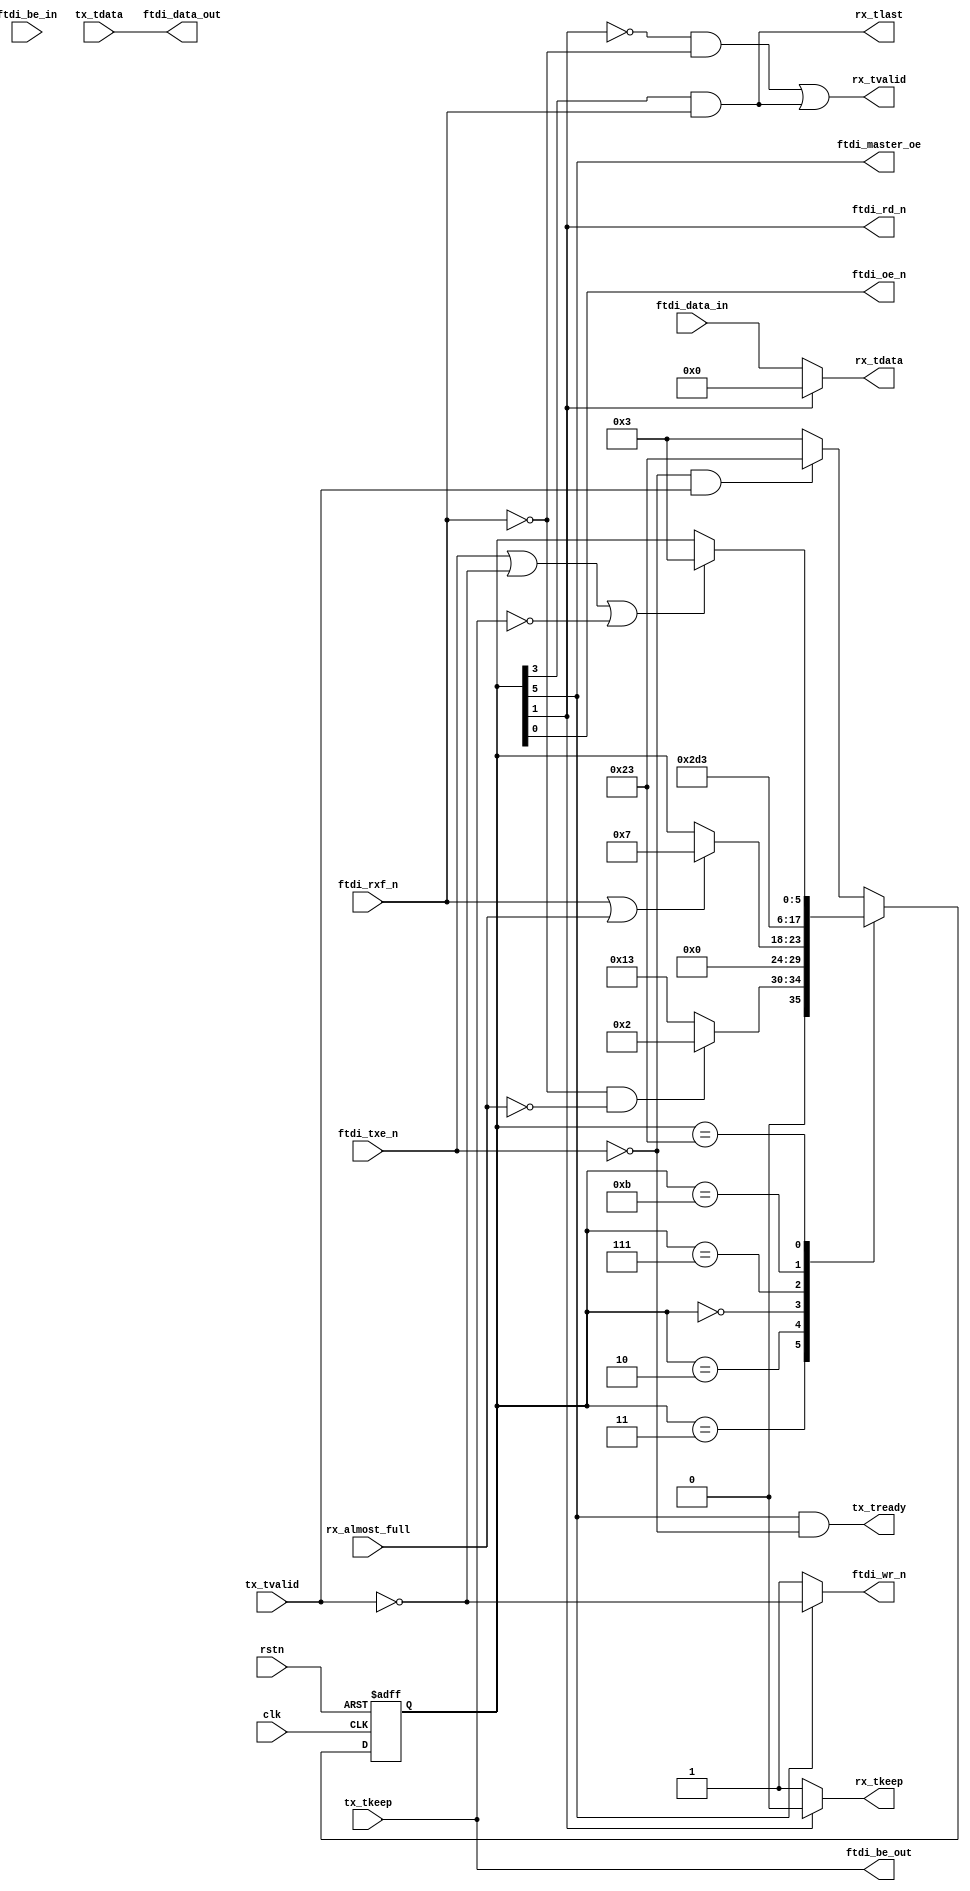

//--------------------------------------------------------------------------------------------------------
// Module  : ftdi_245fifo_fsm
// Type    : synthesizable, IP's sub-module
// Standard: Verilog 2001 (IEEE1364-2001)
// Function: FTDI USB chip's 245fifo mode's main control FSM, called by ftdi_245fifo_fsm
//--------------------------------------------------------------------------------------------------------

module ftdi_245fifo_fsm #(
    parameter  CHIP_EW               = 0,    // FTDI USB chip data width, 0=8bit, 1=16bit, 2=32bit. for FT232H is 0, for FT600 is 1, for FT601 is 2.
    parameter  CHIP_DRIVE_AT_NEGEDGE = 0
) ( 
    input  wire                    rstn,
    input  wire                    clk,
    output wire                    tx_tready,
    input  wire                    tx_tvalid,
    input  wire [(8<<CHIP_EW)-1:0] tx_tdata,
    input  wire [(1<<CHIP_EW)-1:0] tx_tkeep,
    input  wire                    rx_almost_full,
    output wire                    rx_tvalid,
    output wire [(8<<CHIP_EW)-1:0] rx_tdata,
    output wire [(1<<CHIP_EW)-1:0] rx_tkeep,
    output wire                    rx_tlast,
    // FTDI chip interface
    input  wire                    ftdi_rxf_n,
    input  wire                    ftdi_txe_n,
    output reg                     ftdi_oe_n,
    output reg                     ftdi_rd_n,
    output reg                     ftdi_wr_n,
    output reg                     ftdi_master_oe,   // 1:master (FPGA) drives DATA/BE    0:master (FPGA) release DATA/BE to High-Z
    output reg  [(8<<CHIP_EW)-1:0] ftdi_data_out,    // when ftdi_master_oe=1, this signal must be drive to DATA
    output reg  [(1<<CHIP_EW)-1:0] ftdi_be_out,      // when ftdi_master_oe=1, this signal must be drive to BE
    input  wire [(8<<CHIP_EW)-1:0] ftdi_data_in,
    input  wire [(1<<CHIP_EW)-1:0] ftdi_be_in
);


localparam [(8<<CHIP_EW)-1:0] DATA_ZERO  = {(8<<CHIP_EW){1'b0}};
localparam [(1<<CHIP_EW)-1:0] BE_ZERO    = {(1<<CHIP_EW){1'b0}};
localparam [(1<<CHIP_EW)-1:0] BE_ALL_ONE = ~BE_ZERO;


localparam [5:0] S_RX_IDLE = 6'b000011,
                 S_RX_OE   = 6'b000010,
                 S_RX_EN   = 6'b000000,
                 S_RX_WAIT = 6'b000111,
                 S_RX_END  = 6'b001011,
                 S_TX_IDLE = 6'b010011,
                 S_TX_EN   = 6'b100011;
                 
reg  [ 5:0]      state     = S_RX_IDLE;

wire             state_n_rx_oe_or_rx_en = state[0];             // ~(state == S_RX_OE || state == S_RX_EN)
wire             state_n_rx_en          = state[1];             // ~(state == S_RX_EN)
wire             state_rx_end           = state[3];             //   state == S_RX_END
wire             state_tx_en            = state[5];             //   state == S_TX_EN


assign           rx_tlast  = (state_rx_end & ftdi_rxf_n);
assign           rx_tvalid = (~state_n_rx_en & ~ftdi_rxf_n) | rx_tlast;
assign           rx_tdata  = state_n_rx_en ? DATA_ZERO : ftdi_data_in;
generate if (CHIP_EW==0)
    assign       rx_tkeep  = state_n_rx_en ? BE_ZERO   : BE_ALL_ONE;
else
    assign       rx_tkeep  = state_n_rx_en ? BE_ZERO   : ftdi_be_in;
endgenerate

assign           tx_tready = state_tx_en & ~ftdi_txe_n;


generate if (CHIP_DRIVE_AT_NEGEDGE) begin
    always @ (negedge clk) begin
        ftdi_oe_n      <= state_n_rx_oe_or_rx_en;
        ftdi_rd_n      <= state_n_rx_en;
        ftdi_wr_n      <= state_tx_en ? ~tx_tvalid : 1'b1;
        ftdi_master_oe <= state_tx_en;
        ftdi_data_out  <= tx_tdata;
        ftdi_be_out    <= tx_tkeep;
    end

end else begin
    always @ (*) begin
        ftdi_oe_n      = state_n_rx_oe_or_rx_en;
        ftdi_rd_n      = state_n_rx_en;
        ftdi_wr_n      = state_tx_en ? ~tx_tvalid : 1'b1;
        ftdi_master_oe = state_tx_en;
        ftdi_data_out  = tx_tdata;
        ftdi_be_out    = tx_tkeep;
    end
end endgenerate


always @ (posedge clk or negedge rstn)
    if (~rstn) begin
        state <= S_RX_IDLE;
    end else begin
        case (state)
            S_RX_IDLE :
                if (~ftdi_rxf_n & ~rx_almost_full)
                    state <= S_RX_OE;
                else
                    state <= S_TX_IDLE;
            
            S_RX_OE :
                state <= S_RX_EN;
            
            S_RX_EN :
                if (ftdi_rxf_n | rx_almost_full)
                    state <= S_RX_WAIT;
            
            S_RX_WAIT :
                state <= S_RX_END;
            
            S_RX_END :                                    // check whether there's no more RX data (ftdi_rxf_n==1) in this state, 
                state <= S_TX_IDLE;
            
            S_TX_EN :
                if (ftdi_txe_n || ~tx_tvalid || (tx_tkeep != BE_ALL_ONE))
                    state <= S_RX_IDLE;
            
            default : // S_TX_IDLE :
                if (~ftdi_txe_n & tx_tvalid)
                    state <= S_TX_EN;
                else
                    state <= S_RX_IDLE;
        endcase
    end

endmodule